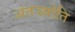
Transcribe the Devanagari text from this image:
अंतज्र्योति